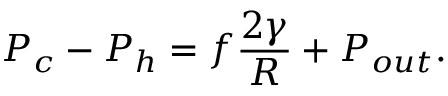
P _ { c } - P _ { h } = f \frac { 2 \gamma } { R } + P _ { o u t } .